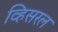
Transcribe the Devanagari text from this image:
व्हिसरल